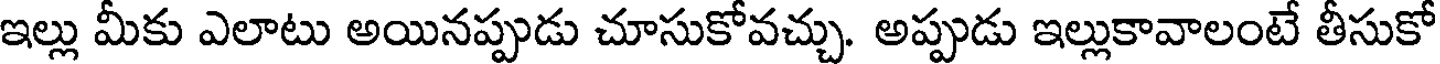
ఇల్లు మీకు ఎలాటు అయినప్పుడు చూసుకోవచ్చు. అప్పుడు ఇల్లుకావాలంటే తీసుకో